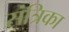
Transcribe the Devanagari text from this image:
संत्रिका